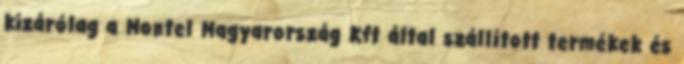
kizárólag a Montel Magyarország Kft által szállított termékek és